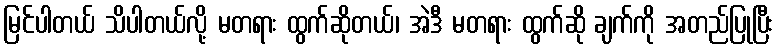
မြင်ပါတယ် သိပါတယ်လို့ မတရား ထွက်ဆိုတယ်၊ အဲဒီ မတရား ထွက်ဆို ချက်ကို အတည်ပြုပြီး